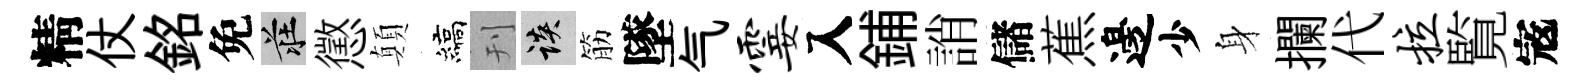
精仗銘免莊懲顛縞刊談筋墜气霎入鋪誚儲蕉邊少身攔代拉覧𡨥